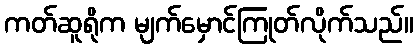
ကတ်ဆူရိုက မျက်မှောင်ကြုတ်လိုက်သည်။